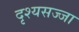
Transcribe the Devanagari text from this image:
दृश्यसज्जा